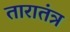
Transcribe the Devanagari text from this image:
तारातंत्र